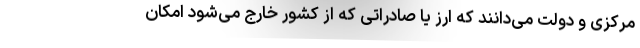
مرکزی و دولت می‌دانند که ارز یا صادراتی که از کشور خارج می‌شود امکان